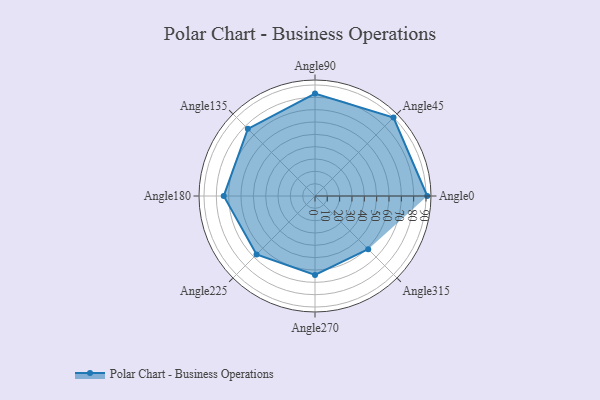
{"axis": {"x": "Angle", "y": "Radius"}, "legend": [""], "data": [{"x": "Angle0", "y": 91.0, "type": ""}, {"x": "Angle45", "y": 90.0, "type": ""}, {"x": "Angle90", "y": 83.0, "type": ""}, {"x": "Angle135", "y": 77.0, "type": ""}, {"x": "Angle180", "y": 74.0, "type": ""}, {"x": "Angle225", "y": 67.0, "type": ""}, {"x": "Angle270", "y": 64.0, "type": ""}, {"x": "Angle315", "y": 61.0, "type": ""}]}